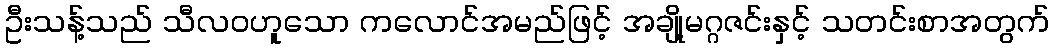
ဦးသန့်သည် သီလဝဟူသော ကလောင်အမည်ဖြင့် အချို့မဂ္ဂဇင်းနှင့် သတင်းစာအတွက်